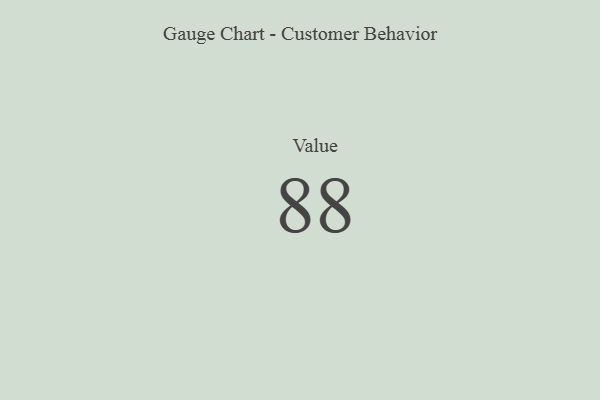
{"axis": {"x": "Metric", "y": "Value"}, "legend": [""], "data": [{"x": "Value", "y": 88, "type": ""}]}